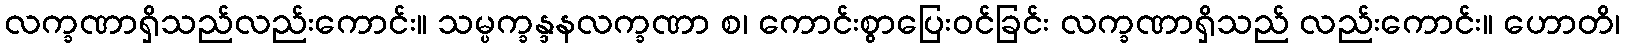
လက္ခဏာရှိသည်လည်းကောင်း။ သမ္ပက္ခန္ဒနလက္ခဏာ စ၊ ကောင်းစွာပြေးဝင်ခြင်း လက္ခဏာရှိသည် လည်းကောင်း။ ဟောတိ၊